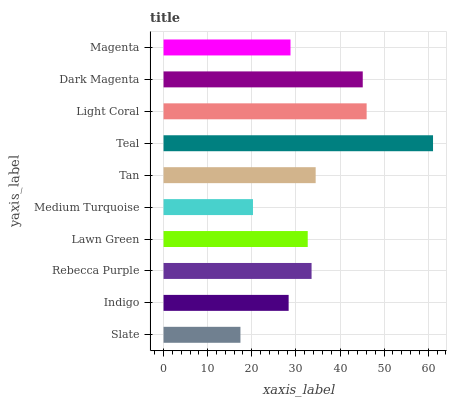
| yaxis_label | bars |
 | --- | --- |
 | Slate | 17.4 |
 | Indigo | 28.4 |
 | Rebecca Purple | 33.6 |
 | Lawn Green | 32.7 |
 | Medium Turquoise | 20.3 |
 | Tan | 34.5 |
 | Teal | 61.1 |
 | Light Coral | 46 |
 | Dark Magenta | 45.2 |
 | Magenta | 28.8 |